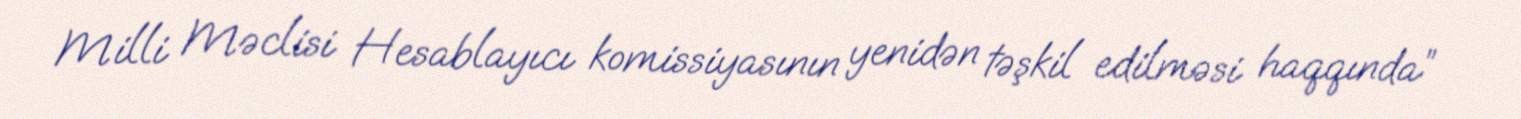
Milli Məclisi Hesablayıcı komissiyasının yenidən təşkil edilməsi haqqında”